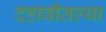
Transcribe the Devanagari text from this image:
दहावीतल्या